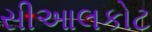
સીઆલકોટ